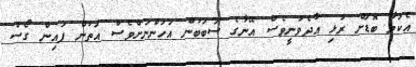
އެކަމާ ބޮޑަށް ރުޅި އާދެވުނީވެސް އޭނާގެ ސަބަބުން އަހަންނަށްވެސް އަތުން ފައިން ގޯސް